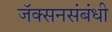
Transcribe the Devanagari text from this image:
जॅक्सनसंबंधी